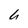
Character: b